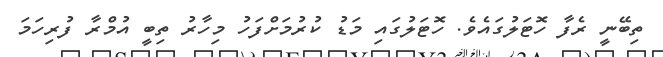
ތިބޭނީ ރެފާ ހޮޓަލުގައެވެ. ހޮޓަލުގައި މަޑު ކުރުމަށްފަހު މިހާރު ތިބީ އުމްރާ ފުރިހަމަ